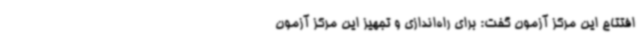
افتتاح این مرکز آزمون گفت: برای راه‌اندازی و تجهیز این مرکز آزمون